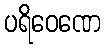
ပရိဝေဏေ